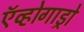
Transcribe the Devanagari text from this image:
ऍव्होगाड्रो